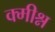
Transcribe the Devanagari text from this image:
क्मीश्न